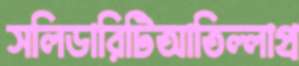
সলিডারিটিআতিল্লাপ্র